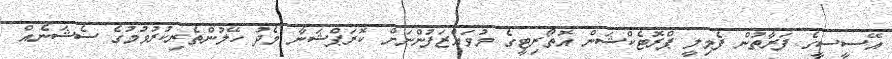
އޭސީސީގެ ފަރާތުން ފެމިލީ ޕްރޮޓެކްޝަން އޮތޯރިޓީގެ މުވައްޒަފުންނަށް ކޮރަޕްޝަނާ މެދު ހޭލުންތެރިކުރުވުމުގެ ސެޝަނެއް